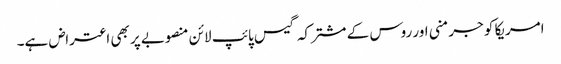
امریکا کو جرمنی اور روس کے مشترکہ گیس پائپ لائن منصوبے پر بھی اعتراض ہے۔